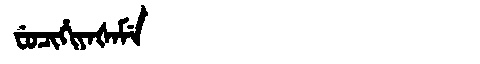
Manchu: ᠸᡠᠴᡳᡥᡳᠶᠠᡧᠠᠮᡝ
Romanization: FUCIHIYAŠAME